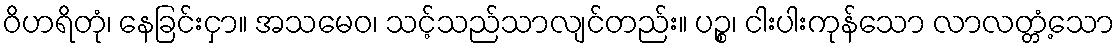
ဝိဟရိတုံ၊ နေခြင်းငှာ။ အသမေဝ၊ သင့်သည်သာလျင်တည်း။ ပဉ္စ၊ ငါးပါးကုန်သော လာလတ္တံ့သော